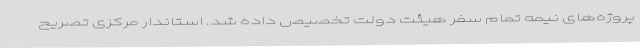
پروژه‌های نیمه تمام سفر هیئت دولت تخصیص داده شد. استاندار مرکزی تصریح